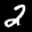
Label: 2